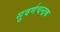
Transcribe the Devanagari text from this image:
सुवर्णचन्द्रक